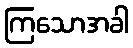
ကြသောအခါ